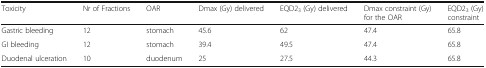
| Toxicity | Nr of Fractions | OAR | Dmax (Gy) delivered | EQD23 (Gy) delivered | Dmax constraint (Gy) for the OAR | EQD23 (Gy) constraint |
 | --- | --- | --- | --- | --- | --- | --- |
 | Gastric bleeding | 12 | stomach | 45.6 | 62 | 47.4 | 65.8 |
 | GI bleeding | 12 | stomach | 39.4 | 49.5 | 47.4 | 65.8 |
 | Duodenal ulceration | 10 | duodenum | 25 | 27.5 | 44.3 | 65.8 |